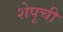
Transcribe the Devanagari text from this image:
शेपूची